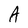
Character: A